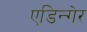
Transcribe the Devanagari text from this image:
एडिन्गेर